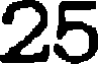
25